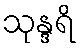
သုန္ဒရိ